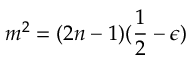
m ^ { 2 } = ( 2 n - 1 ) ( \frac { 1 } { 2 } - \epsilon )